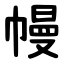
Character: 幔